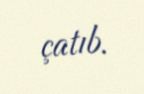
çatıb.